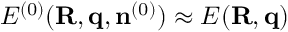
{ \cal E } ^ { ( 0 ) } ( { \bf R , q } , { \bf n } ^ { ( 0 ) } ) \approx E ( { \bf R , q } )